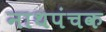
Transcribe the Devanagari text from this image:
नाथपंचक